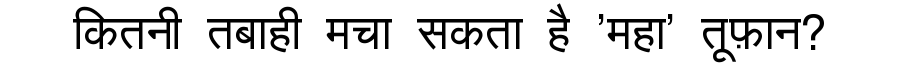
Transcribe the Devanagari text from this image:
कितनी तबाही मचा सकता है 'महा' तूफ़ान?